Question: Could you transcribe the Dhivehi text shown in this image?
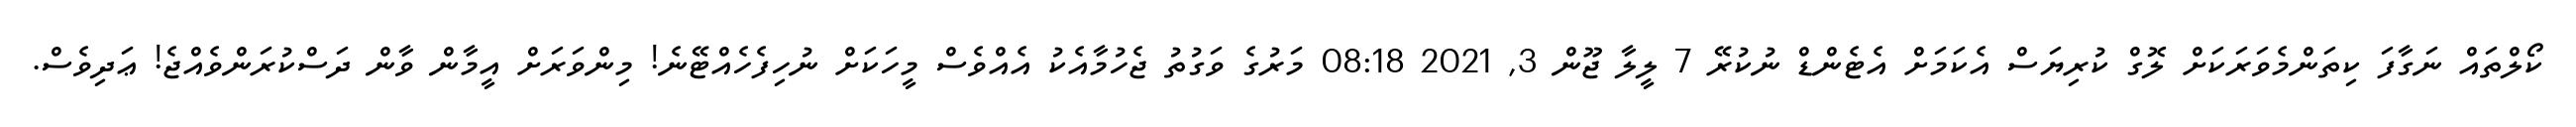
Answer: ކޯލްތައް ނަގާފަ ކިތަންމެވަރަކަށް ލޮގް ކުރިޔަސް އެކަމަށް އެޓެންޑް ނުކުރޭ 7 ލީލާ ޖޫން 3, 2021 08:18 މަރުގެ ވަގުތު ޖެހުމާއެކު އެއްވެސް މީހަކަށް ނުހިފެހެއްޓޭނެ! މިންވަރަށް އީމާން ވާން ދަސްކުރަންވެއްޖެ! ޢަދިވެސް.